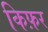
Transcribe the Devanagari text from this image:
किफ़र